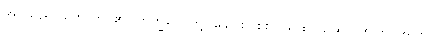
အပ်သည်။ ဟောတိ၊ ၏။ ဘိက္ခဝေ၊ တို့။ ခေါ၊ စင်စစ်။ ယထာယထာ၊ အကြင်အကြင်